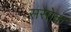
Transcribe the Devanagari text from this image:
ससोक